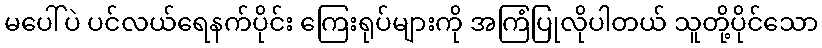
မပေါ်ပဲ ပင်လယ်ရေနက်ပိုင်း ကြေးရုပ်များကို အကြံပြုလိုပါတယ် သူတို့ပိုင်သော